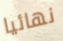
نهائيا